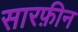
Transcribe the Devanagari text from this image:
सारफ़ीन